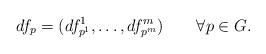
LaTeX: \begin{align*}df_{p} = (df^1_{p^1}, \dots, df^m_{p^m})\qquad\forall p \in G.\end{align*}